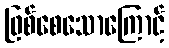
ဖြစ်စေသောကြောင့်